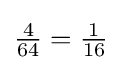
{\tfrac {4}{64}}={\tfrac {1}{16}}